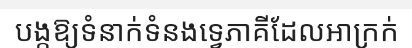
បង្កឱ្យទំនាក់ទំនងទ្វេភាគីដែលអាក្រក់